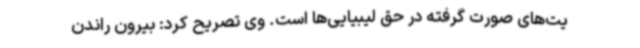
یت‌های صورت گرفته در حق لیبیایی‌ها است. وی تصریح کرد: بیرون راندن